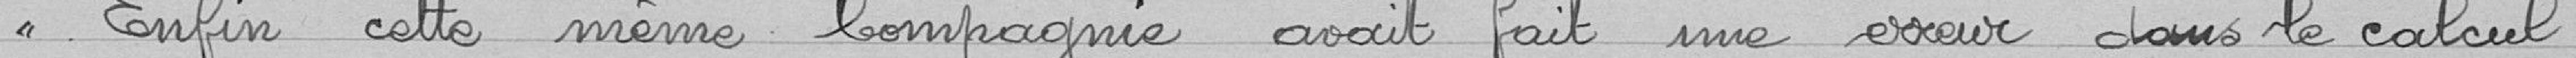
"Enfin, cette même compagnie avait fait une erreur dans le calcul